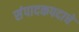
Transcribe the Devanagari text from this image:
संपादकपदाचे